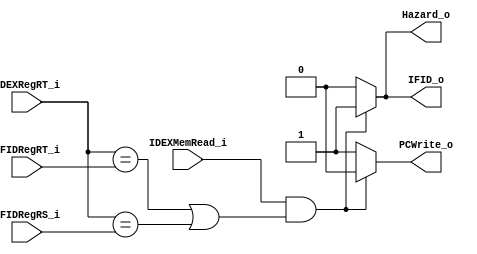
module Hazard_Detection(
    IDEXMemRead_i,
    IDEXRegRT_i,
    IFIDRegRT_i,
    IFIDRegRS_i,
    
    IFID_o,
    PCWrite_o,
    Hazard_o              //flush control signal
);
input [4:0] IDEXRegRT_i, IFIDRegRT_i, IFIDRegRS_i;
input IDEXMemRead_i;
output reg IFID_o, PCWrite_o, Hazard_o;

//To stall one cycle for lw hazard
always@(IDEXMemRead_i or IDEXRegRT_i or IFIDRegRT_i or IFIDRegRS_i)
begin
if ( IDEXMemRead_i && ((IDEXRegRT_i == IFIDRegRT_i) || (IDEXRegRT_i == IFIDRegRS_i)) )
  begin 
    IFID_o <= 1;    //flush IFID 
    PCWrite_o <= 0; //don't update PC
    Hazard_o <= 1; //flush control signal
  end
else // as usual
  begin
    IFID_o <= 0;
    PCWrite_o <= 1;
    Hazard_o <= 0;
  end
end
endmodule